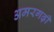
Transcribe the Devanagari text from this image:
अमरगढ़ी